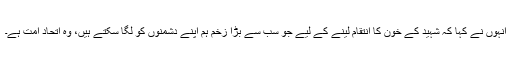
انہوں نے کہا کہ شہید کے خون کا انتقام لینے کے لیے جو سب سے بڑا زخم ہم اپنے دشمنوں کو لگا سکتے ہیں، وہ اتحاد امت ہے۔